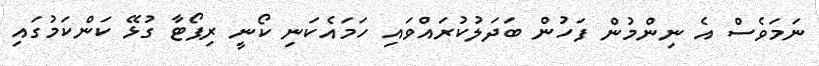
ނަމަވެސް އެ ނިންމުން ފަހުން ބަދަލުކުރައްވައި ހަމައެކަނި ކޯނީ ރިޕޯޓާ ގުޅޭ ކަންކަމުގައި